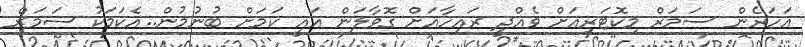
އަހަރެން ސަމަރް މިކޮޓަރިއަށް ވެއްދީ ރައިހާއަށް ގޮވާލަން އައީ ކަމަށް ބުނުމުން..އެކަމަކު ސަމަރް